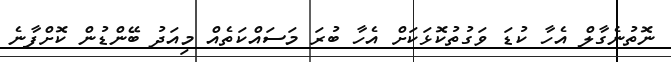
ނޮތުނެގާލް އެހާ ކުޑަ ވަގުތުކޮޅަކަށް އެހާ ބުރަ މަސައްކަތެއް މިއަދު ބޭންޑުން ކޮށްފާނެ